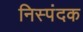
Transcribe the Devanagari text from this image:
निस्पंदक